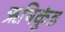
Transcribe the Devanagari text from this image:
ऋषिकुंड